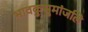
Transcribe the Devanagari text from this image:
भावकुसुमांजलि